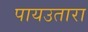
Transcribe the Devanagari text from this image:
पायउतारा